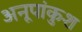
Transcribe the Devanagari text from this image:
अनूपांकुश